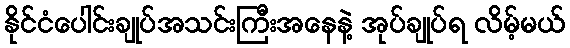
နိုင်ငံပေါင်းချုပ်အသင်းကြီးအနေနဲ့ အုပ်ချုပ်ရ လိမ့်မယ်